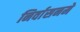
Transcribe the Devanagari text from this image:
निर्वासनमे